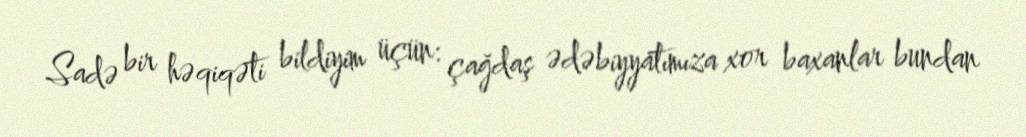
Sadə bir həqiqəti bildiyim üçün: çağdaş ədəbiyyatımıza xor baxanlar bundan